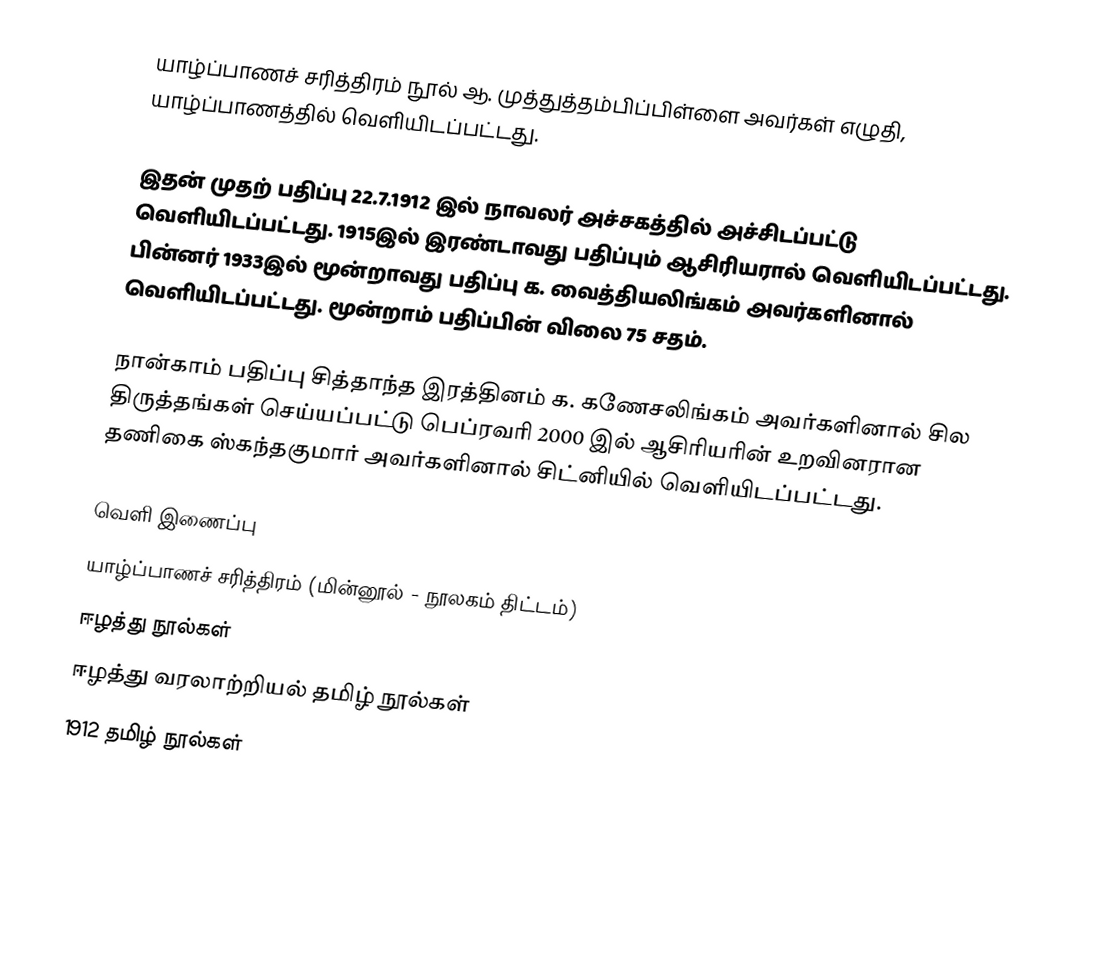
யாழ்ப்பாணச் சரித்திரம் நூல் ஆ. முத்துத்தம்பிப்பிள்ளை அவர்கள் எழுதி, யாழ்ப்பாணத்தில் வெளியிடப்பட்டது.

இதன் முதற் பதிப்பு 22.7.1912 இல் நாவலர் அச்சகத்தில் அச்சிடப்பட்டு வெளியிடப்பட்டது. 1915இல் இரண்டாவது பதிப்பும் ஆசிரியரால் வெளியிடப்பட்டது. பின்னர் 1933இல் மூன்றாவது பதிப்பு க. வைத்தியலிங்கம் அவர்களினால் வெளியிடப்பட்டது. மூன்றாம் பதிப்பின் விலை 75 சதம்.

நான்காம் பதிப்பு சித்தாந்த இரத்தினம் க. கணேசலிங்கம் அவர்களினால் சில திருத்தங்கள் செய்யப்பட்டு பெப்ரவரி 2000 இல் ஆசிரியரின் உறவினரான தணிகை ஸ்கந்தகுமார் அவர்களினால் சிட்னியில் வெளியிடப்பட்டது.

வெளி இணைப்பு
 யாழ்ப்பாணச் சரித்திரம் (மின்னூல் - நூலகம் திட்டம்)
ஈழத்து நூல்கள்
ஈழத்து வரலாற்றியல் தமிழ் நூல்கள்
1912 தமிழ் நூல்கள்